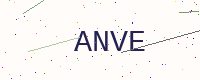
Text: ANVE